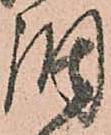
調